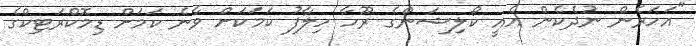
"އަހަރެން ނުދެކެން އެއީ ކޯލިޝަންގެ ރޫހާ ހިލާފު ކަމަކަށް ވާނެ ކަމަށް ޑިމޮކްރަޓިކްގެ